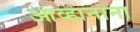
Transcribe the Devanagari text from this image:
आव्हानाना